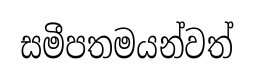
සමීපතමයන්වත්